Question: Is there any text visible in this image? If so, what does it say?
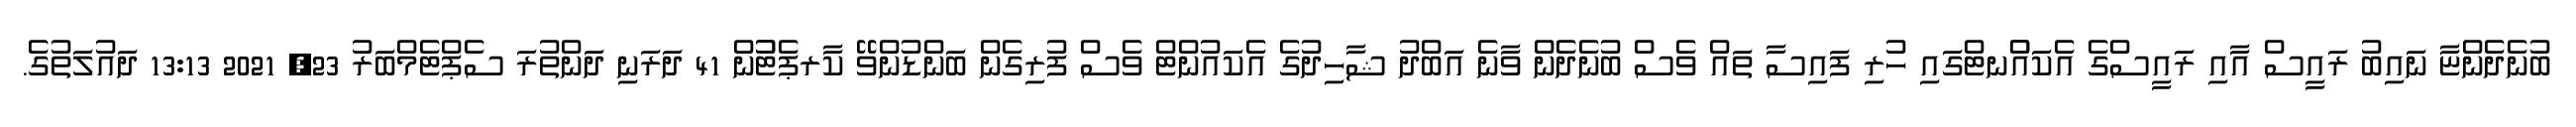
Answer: ބުނެދެންޏާ ނައިބު ރައީސް އާއި ރައީސްގެ އެކައުްނޓްގައި ހުރި ފައިސާ ތައް ވެސް ބުނެދެން ވާނެ އަބްދު ޝާހިދުގެ އެކައުންޓް ވެސް ފުރިގެން ބަންޑުންވޭ ކާރޕެޓުުން 41 ދަރަނި ދަންތުރަ ސެޕްޓެމްބަރު 23, 2021 13:13 ދައުލަތުގެ.